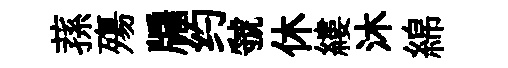
蓀殤牖约虢休縷沐綿